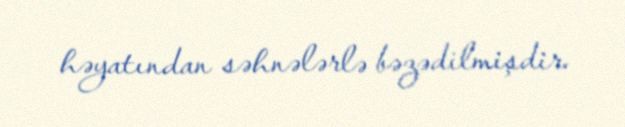
həyatından səhnələrlə bəzədilmişdir.